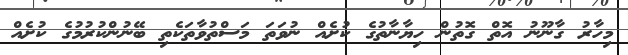
މިހާރު ގާނޫނު އޮތް ގޮތުން ހިޔާނާތުގެ ކުށެއް ނުވަތަ މަސްތުވާތަކެތި ބޭނުންކުރުމުގެ ކުށެއް